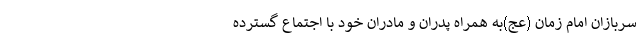
سربازان امام زمان (عج)به همراه پدران و مادران خود با اجتماع گسترده